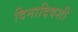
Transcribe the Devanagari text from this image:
दिनादिवशी